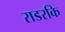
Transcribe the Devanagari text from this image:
राडरकि